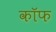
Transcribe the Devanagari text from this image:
कॉफ